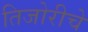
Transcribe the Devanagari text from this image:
तिजोरीचे